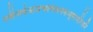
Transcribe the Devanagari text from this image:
नवीनार्कभ्राजन्मणिकनकभूषापरिकरै